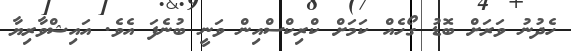
ހެދުނު ވަރަށް ބޮޑު ގޯހެއް ކަމަށް ކްރިިކްސްއިން ވަނީ ބުނެފަ އެވެ. އައިޝްވާރިޔާ